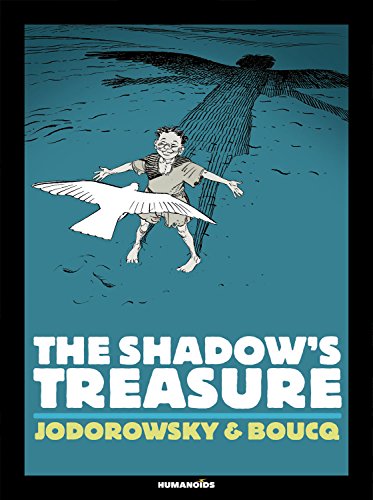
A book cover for The Shadow's Treasure: Coffee Table Book (Limited); Alexandro Jodorowsky; Comics & Graphic Novels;